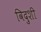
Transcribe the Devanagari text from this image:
विदुशी